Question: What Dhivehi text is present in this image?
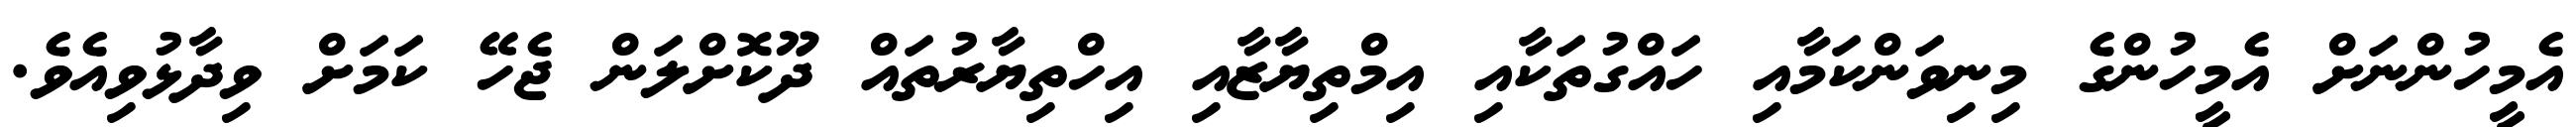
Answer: އެމީހުންނަށް އެމީހުންގެ މިނިވަންކަމާއި ހައްގުތަކާއި އިމްތިޔާޒާއި އިހްތިޔާރުތައް ދޫކޮށްލަން ޖެހޭ ކަމަށް ވިދާޅުވިއެވެ.